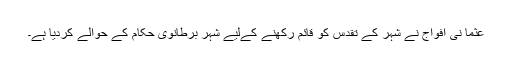
عثما نی افواج نے شہر کے تقدس کو قائم رکھنے کےلیے شہر برطانوی حکام کے حوالے کردیا ہے۔